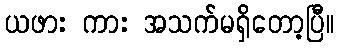
ယဖား ကား အသက်မရှိတော့ပြီ။